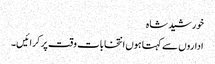
خورشید شاہ
اداروں سے کہتا ہوں انتخابات وقت پر کرائیں۔